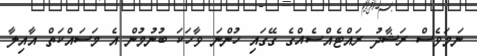
ނަމަވެސް ރަޝާދު ރައްޓެއްސެއްގެ ގޭގައި ހުންނަ ވާހަކަ ބުނުމުން އެ މަސައްކަތް އާއިލާ